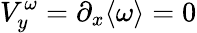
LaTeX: V_{y}^{\omega}=\partial_{x}\langle\omega\rangle=0